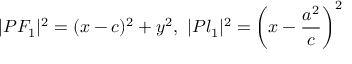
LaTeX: | P F _ { 1 } | ^ { 2 } = ( x - c ) ^ { 2 } + y ^ { 2 } , \ | P l _ { 1 } | ^ { 2 } = \left( x - { \frac { a ^ { 2 } } { c } } \right) ^ { 2 }